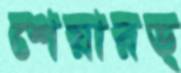
শেয়ারড্